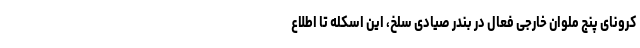
کرونای پنج ملوان خارجی فعال در بندر صیادی سَلَخ، این اسکله تا اطلاع